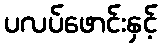
ပလပ်ဖောင်းနှင့်